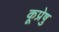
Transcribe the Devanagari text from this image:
कूप्रेषु